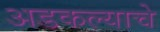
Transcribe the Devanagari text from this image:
अडकल्याचे